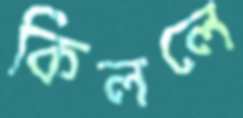
কিললে